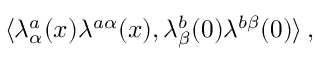
\langle \lambda _ { \alpha } ^ { a } ( x ) \lambda ^ { a \alpha } ( x ) , \lambda _ { \beta } ^ { b } ( 0 ) \lambda ^ { b \beta } ( 0 ) \rangle \, ,